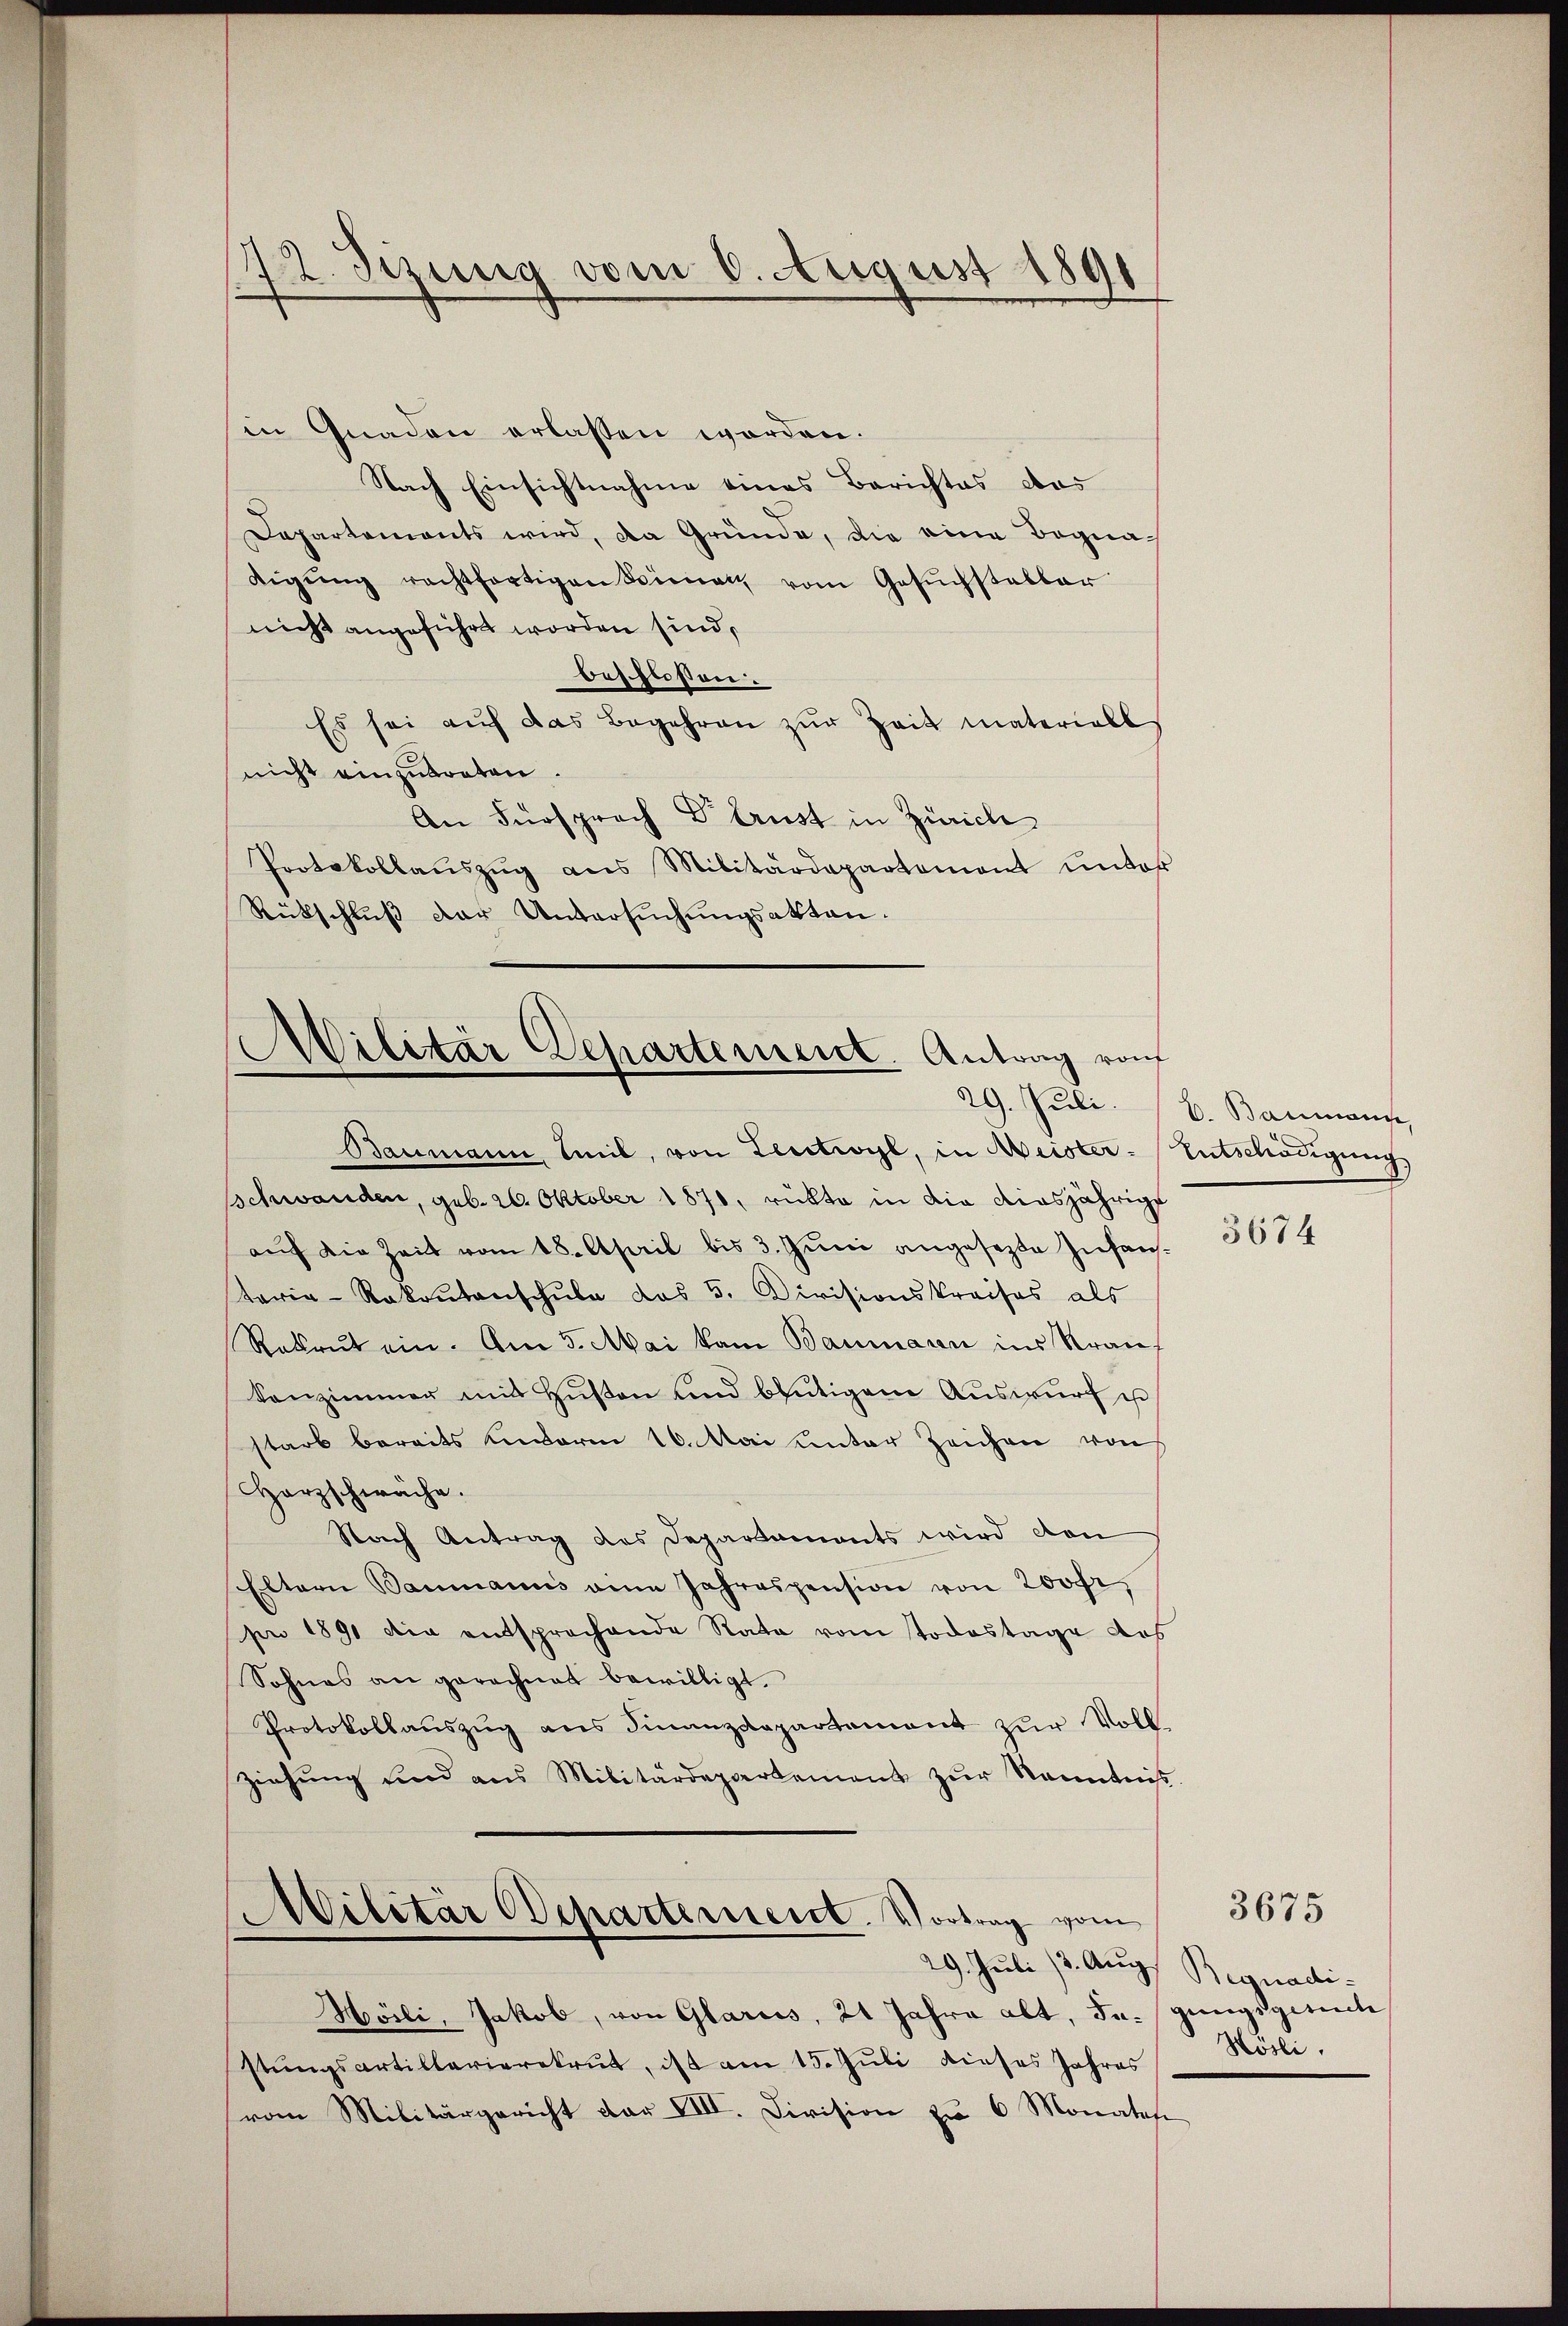
in Gnaden erlassen worden.
Nach Einsichtnahme eines Berichtes das
Dapartements wird, da Gründe, die eine Begnadigŭng rechtfertigen Stimat vom Gesŭchsteller
nicht angeführt worden sind,
beschlossen.
Es sei aŭf das Begehren zŭr Zeit materiell
nicht einzutreten.
An Fürsprach Dr. trust in Zürich
Protokollaŭszŭg ans Militärdepartement ŭnter
Rückschluß der Untersuchungsakten.

12. Jezung vom 6. August 1891

Militär Departement. Antrag von
Baumann, Mil, von Leutwyl, in Meister-Entschädigung,

sschwanden, geb. 20. Oktober 1870, rückte in die diesjährige
aŭf die Zeit vom 18. April bis 3. Juni angesetzte Infantaria-Rakrŭtanschŭle das 5. Civisionskreises als
Rekrut ein. Am 5. Mai kam Baumann ins Strauf
Konzimmer mit Hŭβen und blütigem Aŭswŭrf u
starb bereits unserm 16. Mai unter Zeichen von
Herzschwäche.
Nach Antrag des Departaments wird den
Eltern Baumanns den Jahrespension von 200fr.
pr 1891 die entsprochende Rata vom Todestage des
Sohnes an gerechnet bewilligt.
Protokollaŭszŭg ans Finanzdepartement zŭr Voll-
Ziehŭng und aus Militärdepartement zŭr Kenntniß.

Militär Departement. Vortrag vom

29. Juli 13. Aug. Begnadi
Hösli, Jakob, von Glarus, 21 Jahre alt, Ju. gingsgesuche
stŭngsartillarierekrut, ist am 15. Juli dieses Jahres
(vom Militärgericht der VIII. Division zu 6 Monates

29. Juli. B. Baumann,

3674

Hösli.

3675